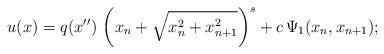
LaTeX: \begin{align*}u(x)=q(x'')\,\left(x_n+\sqrt{x_n^2+x_{n+1}^2}\right)^s+c\,\Psi_1(x_n,x_{n+1});\end{align*}